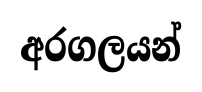
අරගලයන්